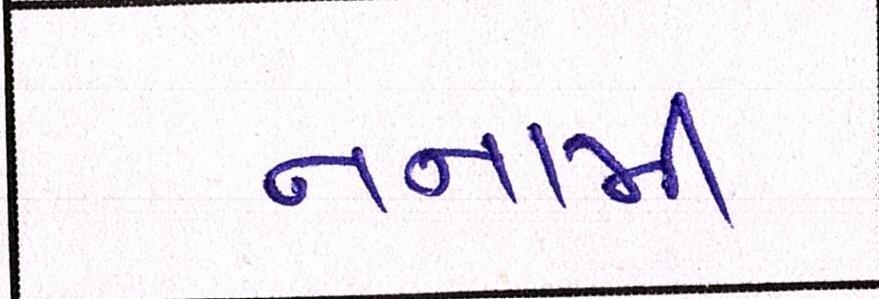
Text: નનામી